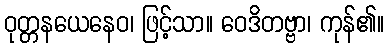
ဝုတ္တနယေနေဝ၊ ဖြင့်သာ။ ဝေဒိတဗ္ဗာ၊ ကုန်၏။